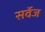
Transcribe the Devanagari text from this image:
सर्वेज